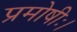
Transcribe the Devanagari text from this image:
प्रमोषीः।